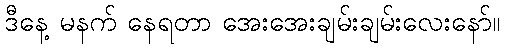
ဒီနေ့ မနက် နေရတာ အေးအေးချမ်းချမ်းလေးနော်။